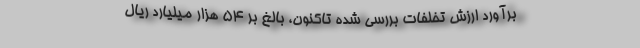
برآورد ارزش تخلفات بررسی شده تاکنون، بالغ بر ۵۴ هزار میلیارد ریال